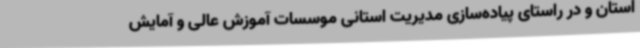
استان و در راستای پیاده‌سازی مدیریت استانی موسسات آموزش عالی و آمایش